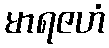
မာရဇဟံ